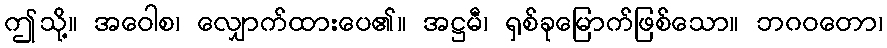
ဤသို့။ အဝေါစ၊ လျှောက်ထားပေ၏။ အဋ္ဌမီ၊ ရှစ်ခုမြောက်ဖြစ်သော။ ဘဂဝတော၊